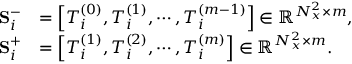
\begin{array} { r l } { \mathbf { S } _ { i } ^ { - } } & { = \left[ \boldsymbol { T } _ { i } ^ { ( 0 ) } , \boldsymbol { T } _ { i } ^ { ( 1 ) } , \cdots , \boldsymbol { T } _ { i } ^ { ( m - 1 ) } \right] \in \mathbb { R } ^ { N _ { x } ^ { 2 } \times m } , } \\ { \mathbf { S } _ { i } ^ { + } } & { = \left[ \boldsymbol { T } _ { i } ^ { ( 1 ) } , \boldsymbol { T } _ { i } ^ { ( 2 ) } , \cdots , \boldsymbol { T } _ { i } ^ { ( m ) } \right] \in \mathbb { R } ^ { N _ { x } ^ { 2 } \times m } . } \end{array}